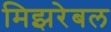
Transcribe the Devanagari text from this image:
मिझरेबल